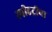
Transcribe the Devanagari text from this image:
स्पीडट्रीचा